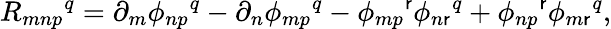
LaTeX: R_{mnp}{}^{q}=\partial_{m}\phi_{np}{}^{q}-\partial_{n}\phi_{mp}{}^{q}-\phi_{mp}{}^{\mathsf{r}}\phi_{n\mathsf{r}}{}^{q}+\phi_{np}{}^{\mathsf{r}}\phi_{m\mathsf{r}}{}^{q},